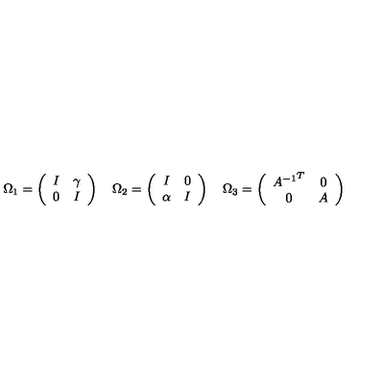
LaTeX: \Omega _ { 1 } = \left( \begin{array} { c c } { I } & { \gamma } \\ { 0 } & { I } \\ \end{array} \right) \quad \Omega _ { 2 } = \left( \begin{array} { c c } { I } & { 0 } \\ { \alpha } & { I } \\ \end{array} \right) \quad \Omega _ { 3 } = \left( \begin{array} { c c } { { A ^ { - 1 } } ^ { T } } & { 0 } \\ { 0 } & { A } \\ \end{array} \right)